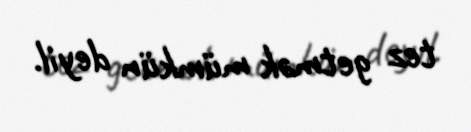
tez getmək mümkün deyil.